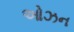
ઓઝન